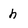
Character: h